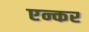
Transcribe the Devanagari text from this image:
एन्कर